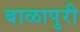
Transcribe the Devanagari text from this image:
बाळापुरी